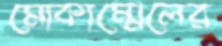
মোকাম্মেলের